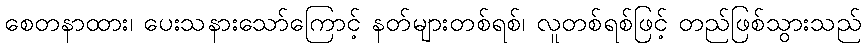
စေတနာထား၊ ပေးသနားသော်ကြောင့် နတ်များတစ်ရစ်၊ လူတစ်ရစ်ဖြင့် တည်ဖြစ်သွားသည်